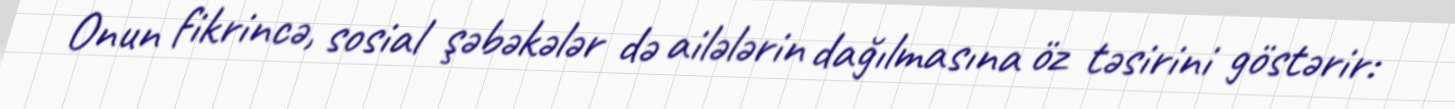
Onun fikrincə, sosial şəbəkələr də ailələrin dağılmasına öz təsirini göstərir: